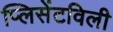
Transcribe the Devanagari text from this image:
प्लिसेंटविली